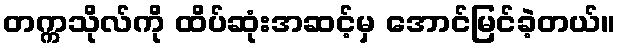
တက္ကသိုလ်ကို ထိပ်ဆုံးအဆင့်မှ အောင်မြင်ခဲ့တယ်။